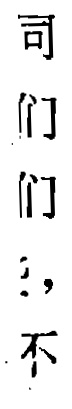
司 们 们 们 ， 不